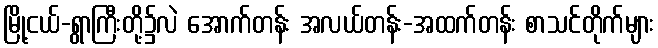
မြို့ငယ်-ရွာကြီးတို့၌လဲ အောက်တန်း အလယ်တန်း-အထက်တန်း စာသင်တိုက်များ